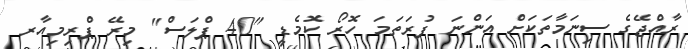
ރާއްޖޭގެ ސިނަމާތަކަށް އަންނަ ފުރަތަމަ ހޮރޯ ކޮމެޑީ "40 ޕްލަސް" މިރޭ ޕްރިމިއާރ